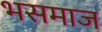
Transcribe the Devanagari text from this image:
भसमाज